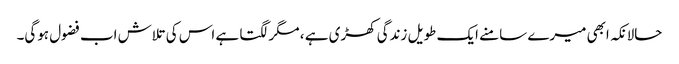
حالانکہ ابھی میرے سامنے ایک طویل زندگی کھڑی ہے ، مگر لگتا ہے اس کی تلاش اب فضول ہوگی۔